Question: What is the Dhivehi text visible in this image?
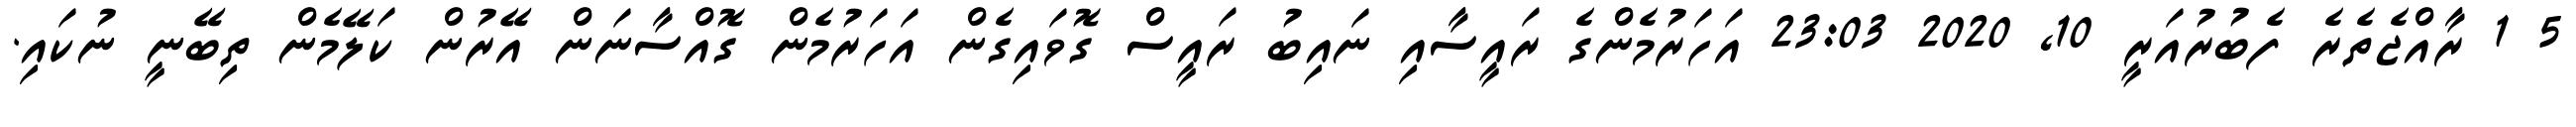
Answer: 5 1 ރާއްޖެތެރެ ފެބުރުއަރީ 10, 2020 23:03 އަހަރުމެންގެ ރައީސާއި ނައިބު ރައީސް ގޮވައިގެން އަހަރުމެން ގޮއްސާނަން އޭރުން ކަލޭމެން ތިބޭނީ ނުކައި.